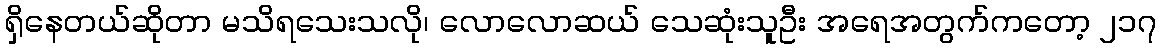
ရှိနေတယ်ဆိုတာ မသိရသေးသလို၊ လောလောဆယ် သေဆုံးသူဦး အရေအတွက်ကတော့ ၂၁၇